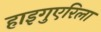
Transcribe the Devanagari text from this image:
हाइगुएरिला